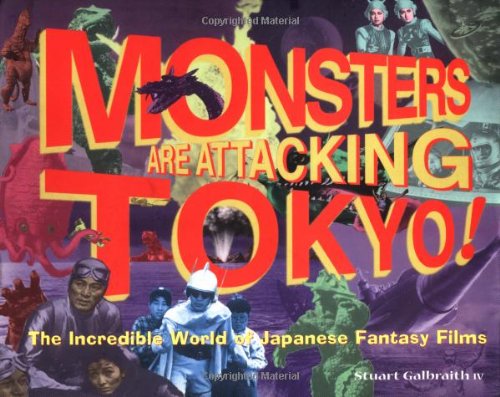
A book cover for Monsters Are Attacking Tokyo!: The Incredible World of Japanese Fantasy Films; Stuart Galbraith IV; Science Fiction & Fantasy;